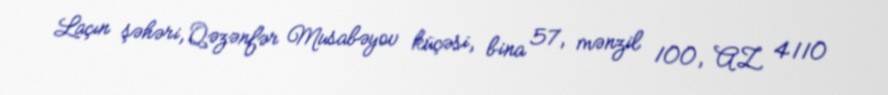
Laçın şəhəri, Qəzənfər Musabəyov küçəsi, bina 57, mənzil 100, AZ 4110